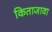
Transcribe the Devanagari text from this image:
किताजावा